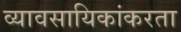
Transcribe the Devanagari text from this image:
व्यावसायिकांकरता